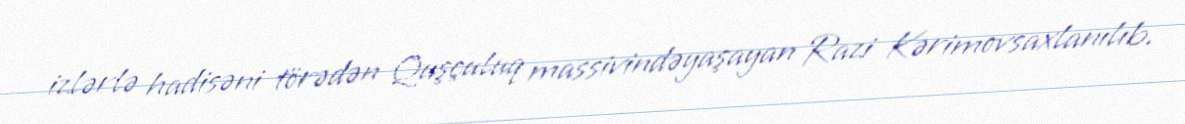
izlərlə hadisəni törədən Quşçuluq massivindəyaşayan Razi Kərimovsaxlanılıb.